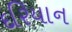
દરિયાન